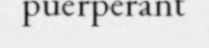
puerperant